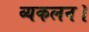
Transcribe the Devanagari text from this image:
व्यकलन।